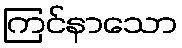
ကြင်နာသော